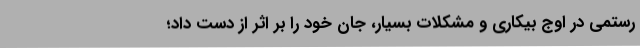
رستمی در اوج بیکاری و مشکلات بسیار، جان خود را بر اثر از دست داد؛